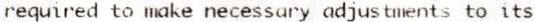
REQUIRED TO MAKE NECESSARY ADJUSTMENTS TO ITS